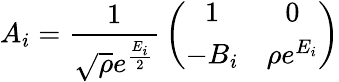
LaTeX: A_{i}={\frac{1}{\sqrt{\rho}e^{\frac{E_{i}}{2}}}}\left(\begin{array}{cc}{{1}}&{{0}}\\ {{-B_{i}}}&{{\rho e^{E_{i}}}}\end{array}\right)